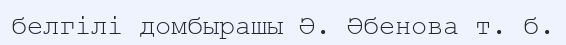
белгілі домбырашы Ә. Әбенова т. б.